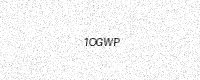
Text: 1OGWP